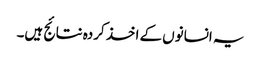
یہ انسانوں کے اخذ کردہ نتائج ہیں۔